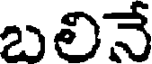
బలినే